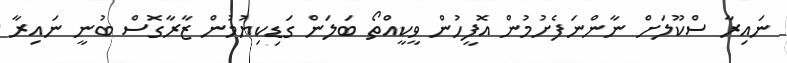
ނައިރާ ސްކޫލަށް ނާންނަފެށުމުން އޮފީހުން ވީކީއްތޯ ބަލަން ގަޑިކިޔުމުން ޒާރާގޮސް ބުނީ ނައިރާ